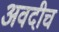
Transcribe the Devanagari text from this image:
अवदीच